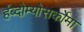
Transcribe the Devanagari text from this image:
र्हब्दोम्योसर्कोमा